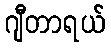
ဂျီတာရယ်